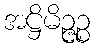
အဋ္ဌိမိဉ္ဇဉ္စ